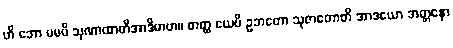
ဟိ ဘော မမပိ သုဏာထာတိအာဒိမာဟ။ တတ္ထ ယေပိ ဥဘတော သုဇာတောတိ အာဒယော အတ္တနော